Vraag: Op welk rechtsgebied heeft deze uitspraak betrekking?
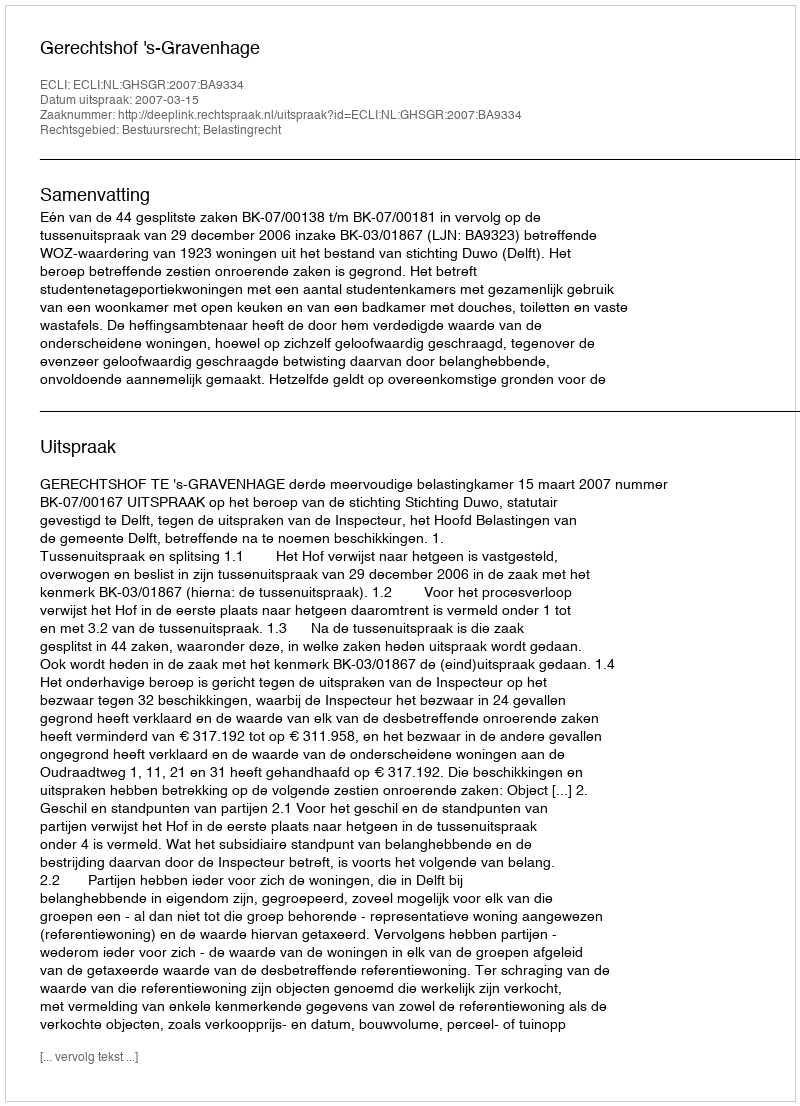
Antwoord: Bestuursrecht; Belastingrecht